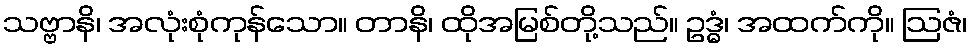
သဗ္ဗာနိ၊ အလုံးစုံကုန်သော။ တာနိ၊ ထိုအမြစ်တို့သည်။ ဥဒ္ဓံ၊ အထက်ကို။ ဩဇံ၊